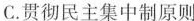
C.贯彻民主集中制原则